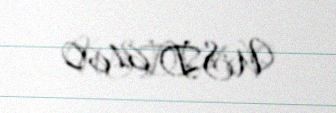
USD 6160